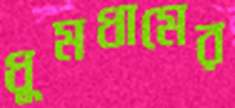
ধুমধামের